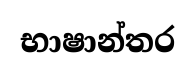
භාෂාන්තර